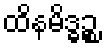
ထိနမိဒ္ဓဉ္စ